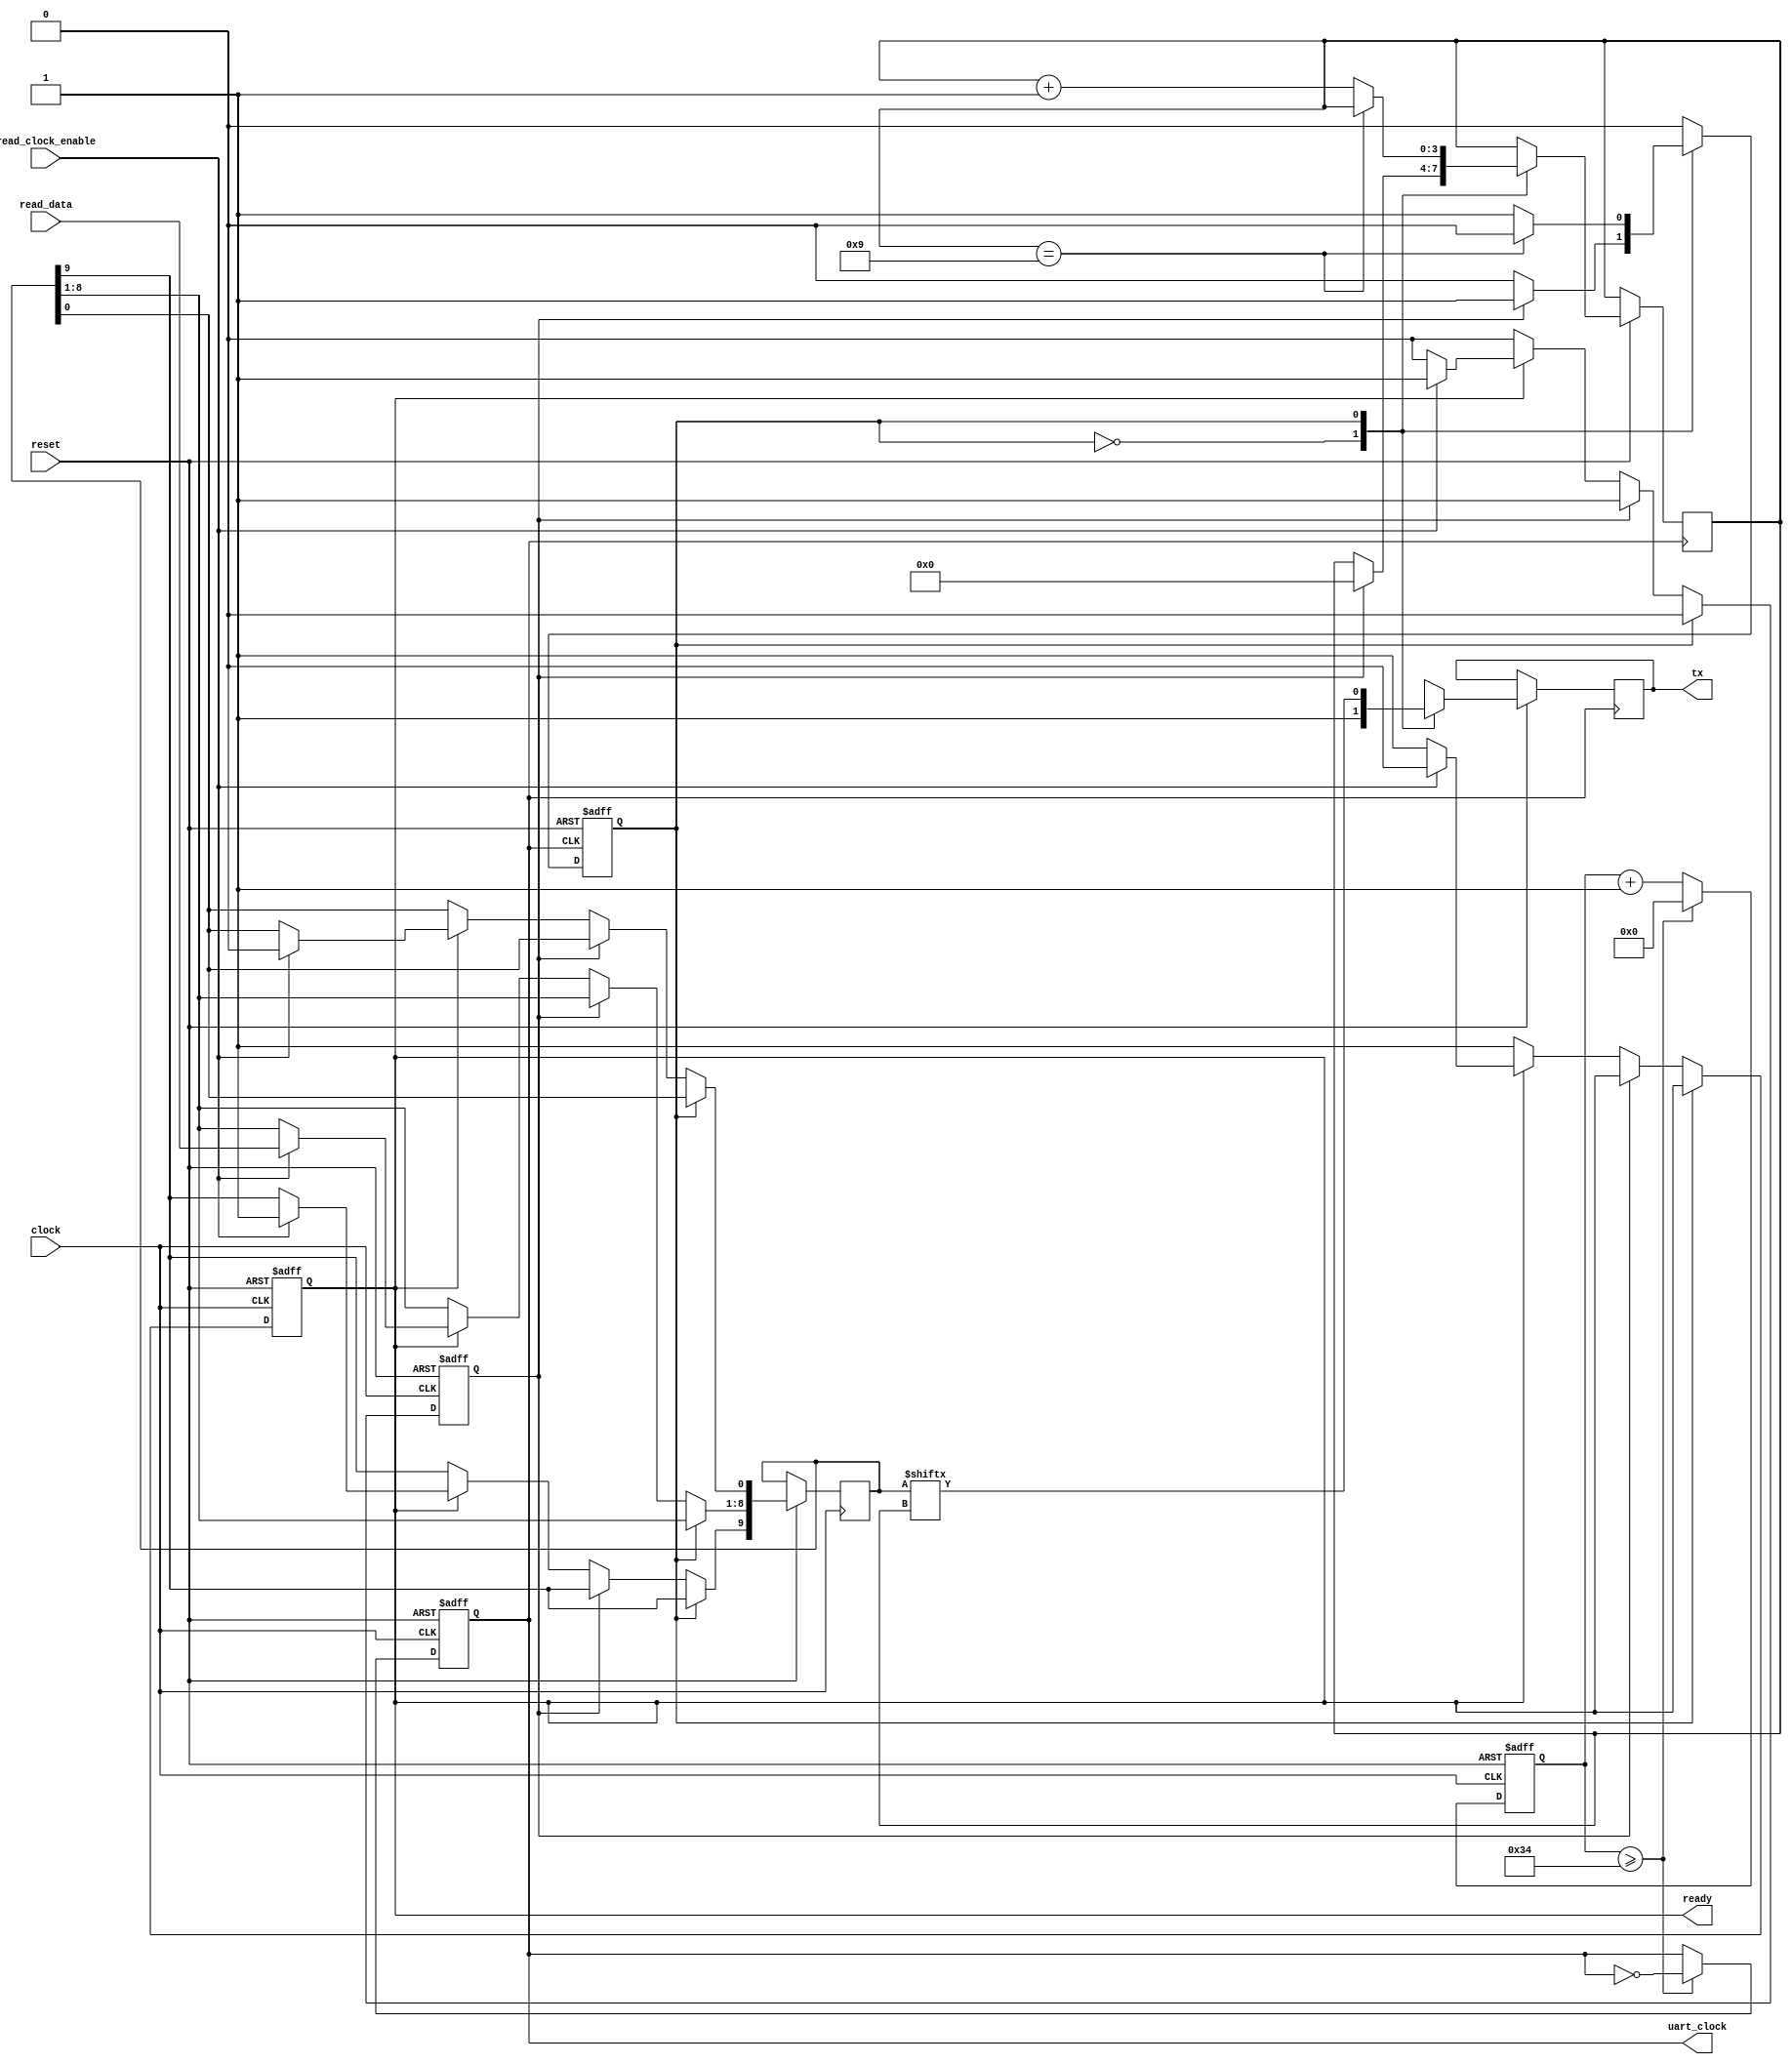
// This program was cloned from: https://github.com/denandz/lpc_sniffer_tpm
// License: GNU General Public License v3.0


module uart_tx #(parameter CLOCK_FREQ = 12_000_000, BAUD_RATE = 115_200)
	(
	input clock,
	input [7:0] read_data,
	input read_clock_enable,
	input reset, /* active low */
	output reg ready, /* ready to read new data */
	output reg tx,
	output reg uart_clock);

	reg [9:0] data;

	localparam CLOCKS_PER_BIT = CLOCK_FREQ / BAUD_RATE / 2;
	reg [24:0] divider;

	reg new_data;
	reg state;
	reg [3:0] bit_pos; /* which is the next bit we transmit */

	localparam IDLE = 1'h0, DATA = 1'h1;

	always @(negedge reset or posedge clock) begin
		if (~reset) begin
			uart_clock <= 0;
			divider <= 0;
		end
		else if (divider >= CLOCKS_PER_BIT) begin
			divider <= 0;
			uart_clock <= ~uart_clock;
		end
		else
			divider <= divider + 1;
	end

	always @(negedge clock or negedge reset) begin
		if (~reset) begin
			ready <= 0;
			new_data <= 0;
		end
		else begin
			if (state == IDLE) begin
				if (~new_data)
					if (~ready)
						ready <= 1;
					else if (read_clock_enable) begin
						/* stop bit */
						data[0] <= 0;
						data[8:1] <= read_data;
						/* start bit */
						data[9] <= 1;
						new_data <= 1;
						ready <= 0;
					end
			end
			else
				new_data <= 0;
		end
	end

	always @(negedge uart_clock or negedge reset) begin
		if (~reset) begin
			state <= IDLE;
		end
		else begin
			case (state)
				IDLE: begin
					tx <= 1;
					if (new_data) begin
						state <= DATA;
						bit_pos <= 0;
					end
				end
				DATA: begin
					tx <= data[bit_pos];
					if (bit_pos == 9)
						state <= IDLE;
					else
						bit_pos <= bit_pos + 1;
				end
			endcase
		end
	end
endmodule